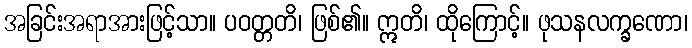
အခြင်းအရာအားဖြင့်သာ။ ပဝတ္တတိ၊ ဖြစ်၏။ ဣတိ၊ ထိုကြောင့်။ ဖုသနလက္ခဏော၊